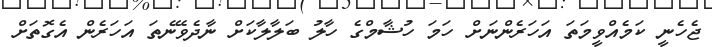
ޖެހެނީ ކަމެއްވީމަތަ އަހަރެންނަށް ހަމަ ހުޝާމްގެ ހާލު ބަލާލާކަށް ނާދެވޭނެތަ އަހަރެން އެގޮތަށް